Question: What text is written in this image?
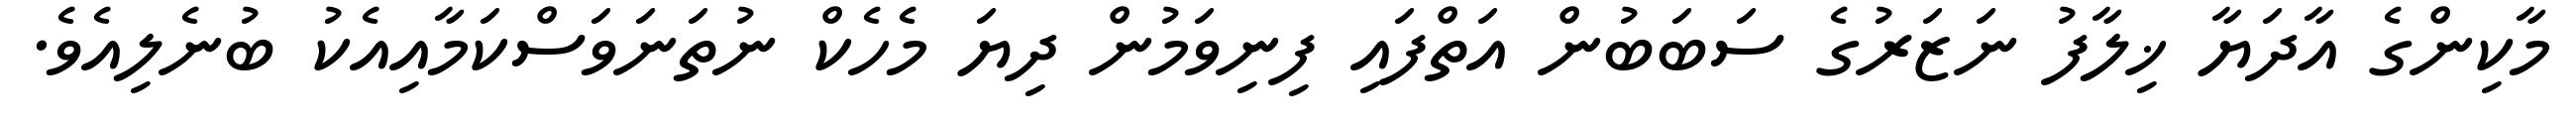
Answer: މާކިންގެ އާދަޔާ ޚިލާފު ނަޒަރުގެ ސަބަބުން އަތްފައި ފިނިވަމުން ދިޔަ މެހެކް ނުތަނަވަސްކަމާއިއެކު ބުނެލިއެވެ.